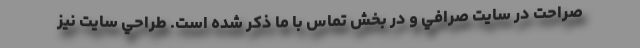
صراحت در سايت صرافي و در بخش تماس با ما ذكر شده است. طراحي سايت نيز